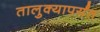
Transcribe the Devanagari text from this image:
तालुक्यापर्यंत